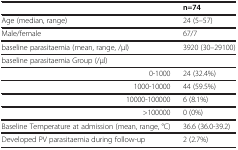
<table><thead><tr><td><b> </b></td><td><b>n=74</b></td></tr></thead><tbody><tr><td>Age (median, range)</td><td>24 (5–57)</td></tr><tr><td>Male/female</td><td>67/7</td></tr><tr><td>baseline parasitaemia (mean, range, /μl)</td><td>3920 (30–29100)</td></tr><tr><td>baseline parasitaemia Group (/μl)</td><td> </td></tr><tr><td>0-1000</td><td>24 (32.4%)</td></tr><tr><td>1000-10000</td><td>44 (59.5%)</td></tr><tr><td>10000-100000</td><td>6 (8.1%)</td></tr><tr><td>&gt;100000</td><td>0 (0%)</td></tr><tr><td>Baseline Temperature at admission (mean, range, °C)</td><td>36.6 (36.0-39.2)</td></tr><tr><td>Developed PV parasitaemia during follow-up</td><td>2 (2.7%)</td></tr></tbody></table>